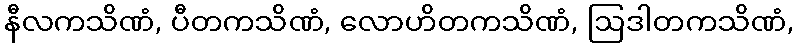
နီလကသိဏံ, ပီတကသိဏံ, လောဟိတကသိဏံ, ဩဒါတကသိဏံ,